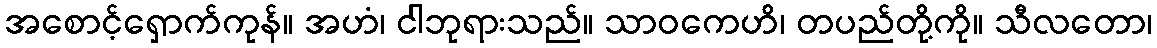
အစောင့်ရှောက်ကုန်။ အဟံ၊ ငါဘုရားသည်။ သာဝကေဟိ၊ တပည်တို့ကို။ သီလတော၊